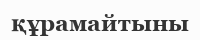
құрамайтыны